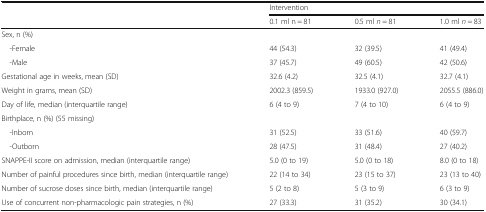
<table><thead><tr><td rowspan="2"></td><td colspan="3"><b>Intervention</b></td></tr><tr><td><b>0.1 ml n = 81</b></td><td><b>0.5 ml <i>n</i> = 81</b></td><td><b>1.0 ml <i>n</i> = 83</b></td></tr></thead><tbody><tr><td colspan="4">Sex, n (%)</td></tr><tr><td> -Female</td><td>44 (54.3)</td><td>32 (39.5)</td><td>41 (49.4)</td></tr><tr><td> -Male</td><td>37 (45.7)</td><td>49 (60.5)</td><td>42 (50.6)</td></tr><tr><td>Gestational age in weeks, mean (SD)</td><td>32.6 (4.2)</td><td>32.5 (4.1)</td><td>32.7 (4.1)</td></tr><tr><td>Weight in grams, mean (SD)</td><td>2002.3 (859.5)</td><td>1933.0 (927.0)</td><td>2055.5 (886.0)</td></tr><tr><td>Day of life, median (interquartile range)</td><td>6 (4 to 9)</td><td>7 (4 to 10)</td><td>6 (4 to 9)</td></tr><tr><td colspan="4">Birthplace, n (%) (55 missing)</td></tr><tr><td> -Inborn</td><td>31 (52.5)</td><td>33 (51.6)</td><td>40 (59.7)</td></tr><tr><td> -Outborn</td><td>28 (47.5)</td><td>31 (48.4)</td><td>27 (40.2)</td></tr><tr><td>SNAPPE-II score on admission, median (interquartile range)</td><td>5.0 (0 to 19)</td><td>5.0 (0 to 18)</td><td>8.0 (0 to 18)</td></tr><tr><td>Number of painful procedures since birth, median (interquartile range)</td><td>22 (14 to 34)</td><td>23 (15 to 37)</td><td>23 (13 to 40)</td></tr><tr><td>Number of sucrose doses since birth, median (interquartile range)</td><td>5 (2 to 8)</td><td>5 (3 to 9)</td><td>6 (3 to 9)</td></tr><tr><td>Use of concurrent non-pharmacologic pain strategies, n (%)</td><td>27 (33.3)</td><td>31 (35.2)</td><td>30 (34.1)</td></tr></tbody></table>